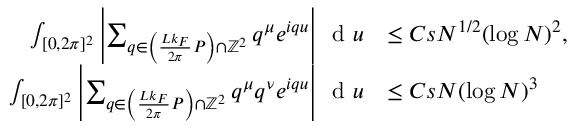
\begin{array} { r l } { \int _ { [ 0 , 2 \pi ] ^ { 2 } } \left\vert \sum _ { q \in \left( \frac { L k _ { F } } { 2 \pi } P \right) \cap \mathbb { Z } ^ { 2 } } q ^ { \mu } e ^ { i q u } \right\vert \, \textnormal { d } u } & { \leq C s N ^ { 1 / 2 } ( \log N ) ^ { 2 } , } \\ { \int _ { [ 0 , 2 \pi ] ^ { 2 } } \left\vert \sum _ { q \in \left( \frac { L k _ { F } } { 2 \pi } P \right) \cap \mathbb { Z } ^ { 2 } } q ^ { \mu } q ^ { \nu } e ^ { i q u } \right\vert \, \textnormal { d } u } & { \leq C s N ( \log N ) ^ { 3 } } \end{array}